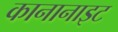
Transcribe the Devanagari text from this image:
कानानाइट